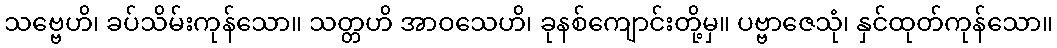
သဗ္ဗေဟိ၊ ခပ်သိမ်းကုန်သော။ သတ္တဟိ အာဝသေဟိ၊ ခုနစ်ကျောင်းတို့မှ။ ပဗ္ဗာဇေသုံ၊ နှင်ထုတ်ကုန်သော။